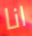
انا